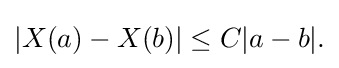
\displaystyle {|X(a)-X(b)|\leq C|a-b|.}